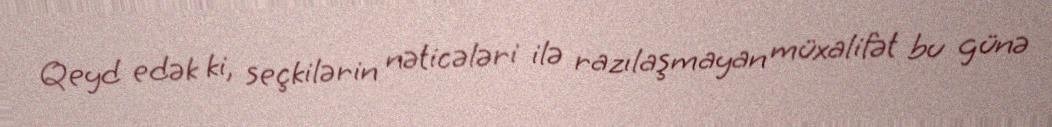
Qeyd edək ki, seçkilərin nəticələri ilə razılaşmayan müxalifət bu günə